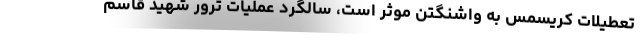
تعطیلات کریسمس به واشنگتن موثر است، سالگرد عملیات ترور شهید قاسم